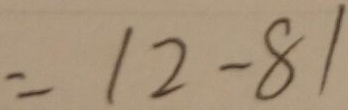
= 1 2 - 8 1